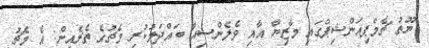
ޔޫތު ޗެމްޕިއަންޝިޕްގައި މާޒިޔާ އާއި ވެލެންސިއާ ބައްދަލުކުރި މެޗުގެ ތެރެއިން: އެ މެޗު